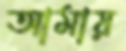
আমায়